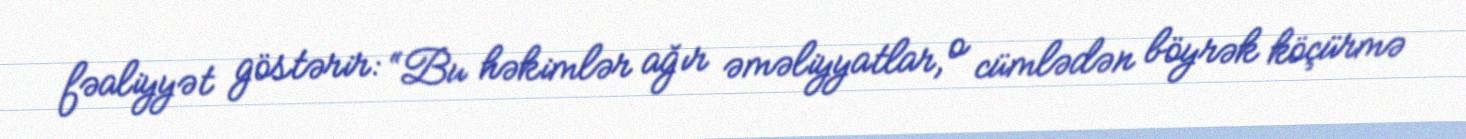
fəaliyyət göstərir: “Bu həkimlər ağır əməliyyatlar, o cümlədən böyrək köçürmə